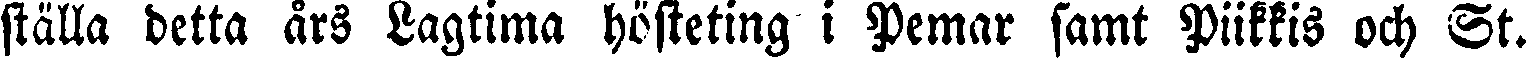
ställa detta års Lagtima hösteting i Pemar samt Piikkis och St.